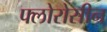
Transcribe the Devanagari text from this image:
फ्लोरोसीन